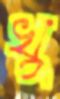
খু